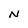
Character: N